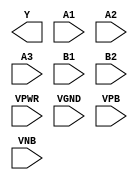
module sky130_fd_sc_ls__a32oi (
    Y   ,
    A1  ,
    A2  ,
    A3  ,
    B1  ,
    B2  ,
    VPWR,
    VGND,
    VPB ,
    VNB
);

    output Y   ;
    input  A1  ;
    input  A2  ;
    input  A3  ;
    input  B1  ;
    input  B2  ;
    input  VPWR;
    input  VGND;
    input  VPB ;
    input  VNB ;
endmodule